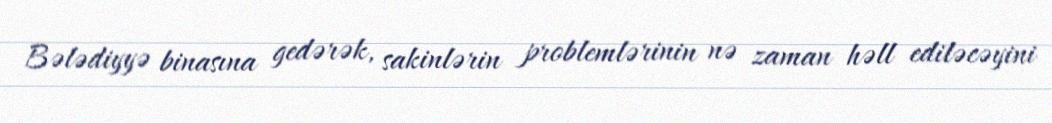
Bələdiyyə binasına gedərək, sakinlərin problemlərinin nə zaman həll ediləcəyini